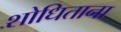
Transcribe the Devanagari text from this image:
शोधिताना